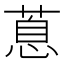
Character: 蒠